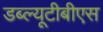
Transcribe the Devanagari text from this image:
डब्ल्यूटीबीएस